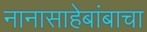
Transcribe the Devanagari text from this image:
नानासाहेबांबाचा